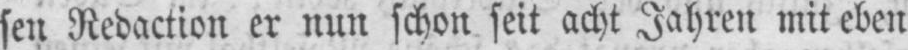
sen Redaction er nun schon seit acht Jahren mit eben